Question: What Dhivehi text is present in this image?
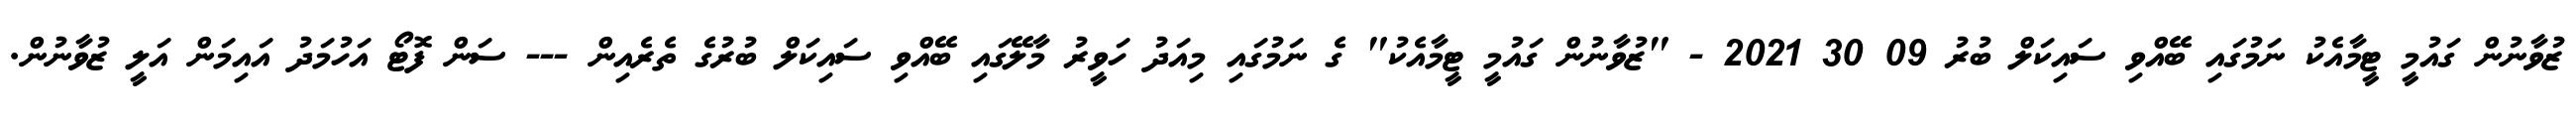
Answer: ޒުވާނުން ގައުމީ ޓީމާއެކު ނަމުގައި ބޭއްވި ސައިކަލް ބުރު 09 30 2021 - "ޒުވާނުން ގައުމީ ޓީމާއެކު" ގެ ނަމުގައި މިއަދު ހަވީރު މާލޭގައި ބޭއްވި ސައިކަލް ބުރުގެ ތެރެއިން --- ސަން ފޮޓޯ އަހުމަދު އައިމަން އަލީ ޒުވާނުން.